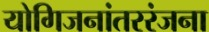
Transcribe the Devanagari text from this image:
योगिजनांतररंजना